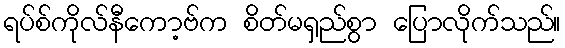
ရပ်စ်ကိုလ်နီကော့ဗ်က စိတ်မရှည်စွာ ပြောလိုက်သည်။